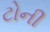
ટોની